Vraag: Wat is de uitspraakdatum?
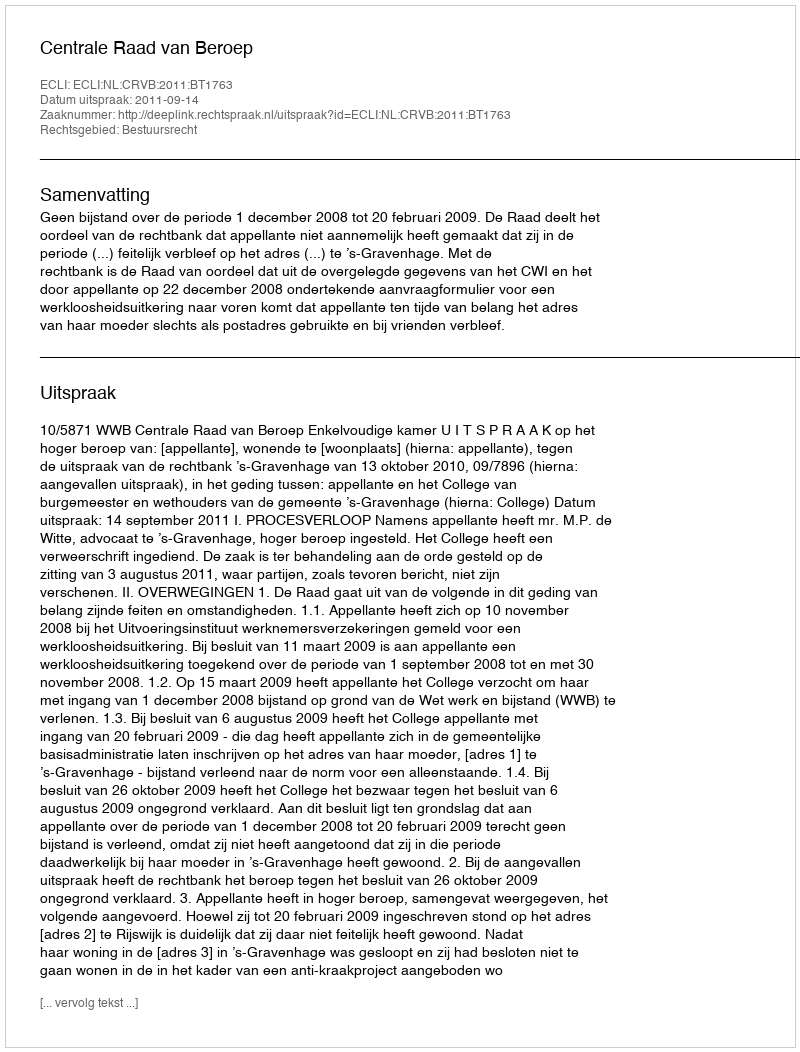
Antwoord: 2011-09-14